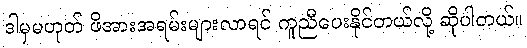
ဒါမှမဟုတ် ဖိအားအရမ်းများလာရင် ကူညီပေးနိုင်တယ်လို့ ဆိုပါတယ်။